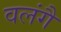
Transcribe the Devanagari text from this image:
वलंगै